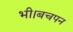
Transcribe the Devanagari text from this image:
भी।बचपन